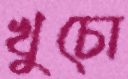
খুচো